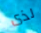
لذى